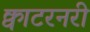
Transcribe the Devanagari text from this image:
क्वाटरनरी